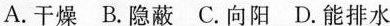
A.干燥 B.隐蔽 C.向阳 D.能排水